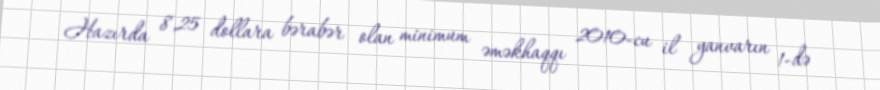
Hazırda 8,25 dollara bərabər olan minimum əməkhaqqı 2010-cu il yanvarın 1-də